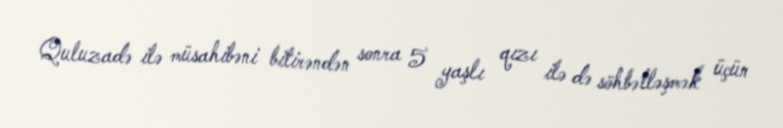
Quluzadə ilə müsahibəni bitirəndən sonra 5 yaşlı qızı ilə də söhbətləşmək üçün